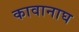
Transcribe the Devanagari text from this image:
कावानाघ